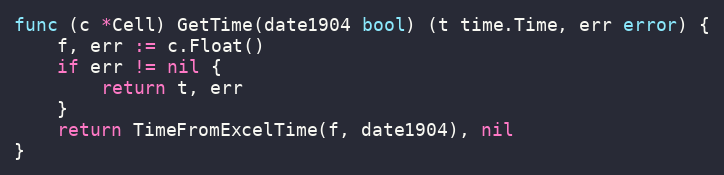
Language: Go
func (c *Cell) GetTime(date1904 bool) (t time.Time, err error) {
	f, err := c.Float()
	if err != nil {
		return t, err
	}
	return TimeFromExcelTime(f, date1904), nil
}